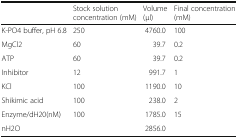
<table><thead><tr><td></td><td><b>Stock solution concentration (mM)</b></td><td><b>Volume (μl)</b></td><td><b>Final concentration (mM)</b></td></tr></thead><tbody><tr><td>K-PO4 buffer, pH 6.8</td><td>250</td><td>4760.0</td><td>100</td></tr><tr><td>MgCl2</td><td>60</td><td>39.7</td><td>0.2</td></tr><tr><td>ATP</td><td>60</td><td>39.7</td><td>0.2</td></tr><tr><td>Inhibitor</td><td>12</td><td>991.7</td><td>1</td></tr><tr><td>KCl</td><td>100</td><td>1190.0</td><td>10</td></tr><tr><td>Shikimic acid</td><td>100</td><td>238.0</td><td>2</td></tr><tr><td>Enzyme/dH20(nM)</td><td>100</td><td>1785.0</td><td>15</td></tr><tr><td>nH2O</td><td></td><td>2856.0</td><td></td></tr></tbody></table>